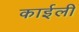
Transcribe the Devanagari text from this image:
काईली